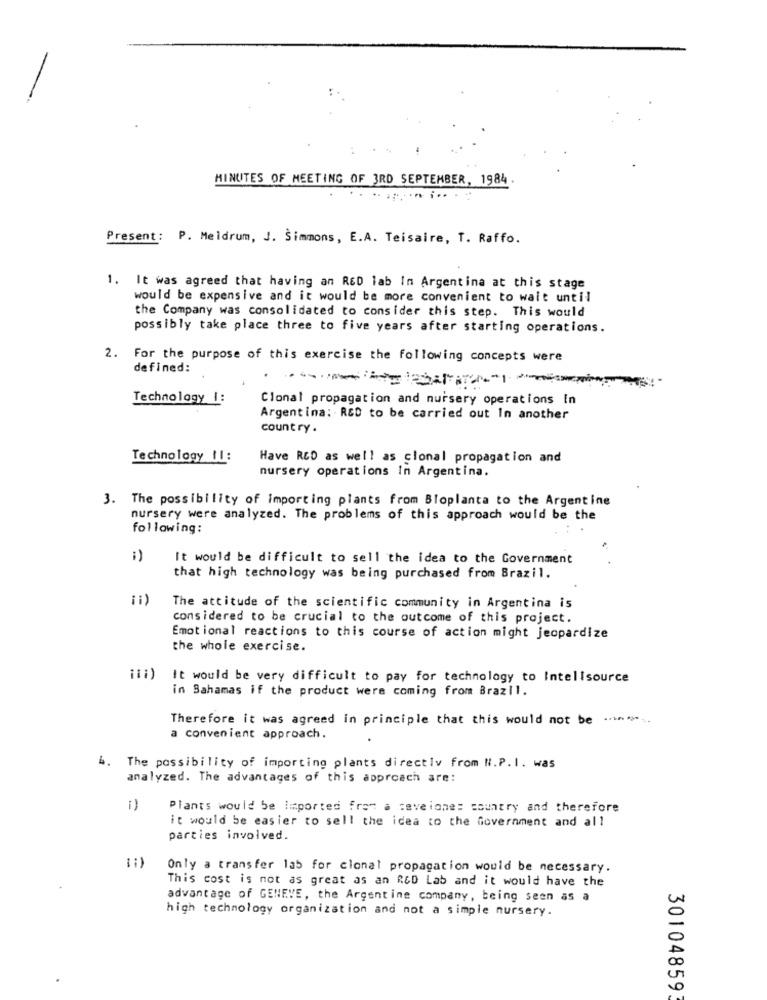
MINUTES OF MEETING OF 3RD SEPTEMBER, 1984
Present: P. Meldrum, J. Simmons, E.A. Teisaire, T. Raffo.
1. It was agreed that having an RED lab In Argentina at this stage
would be expensive and it would be more convenient to wait until
the Company was consolidated to consider this step. This would
possibly take place three to five years after starting operations.
2. For the purpose of this exercise the following concepts were
defined:
Technology 1:
Clonal propagation and nursery operations In
Argentina: RED to be carried out In another
country .
Technology 11:
Have RCD as well as clonal propagation and
nursery operations In Argentina.
3. The possibility of importing plants from Bloplanta to the Argentine
nursery were analyzed. The problems of this approach would be the
following:
i)
It would be difficult to sell the idea to the Government
that high technology was being purchased from Brazil.
(i)
The attitude of the scientific community in Argentina is
considered to be crucial to the outcome of this project.
Emotional reactions to this course of action might jeopardize
the whole exercise.
It would be very difficult to pay for technology to Intellsource
in Bahamas if the product were coming from Brazil.
Therefore it was agreed in principle that this would not be .***
a convenient approach.
4. The possibility of importing plants directly from N.P.I. was
analyzed. The advantages of this approach are:
1)
Plants would be imported from a caveiones country and therefore
it would be easier to sell the idea to the Government and all
parties involved.
Only a transfer lab for clonal propagation would be necessary.
This cost is not as great as an RED Lab and it would have the
advantage of GENEVE, the Argentine company, being seen as a
high technology organization and not a simple nursery.
30104859